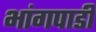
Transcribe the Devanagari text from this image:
भांगपाडी